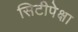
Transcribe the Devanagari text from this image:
सिटीपेक्षा